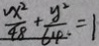
\frac { x ^ { 2 } } { 4 8 } + \frac { y ^ { 2 } } { 6 4 } = 1